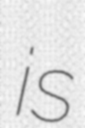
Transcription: is